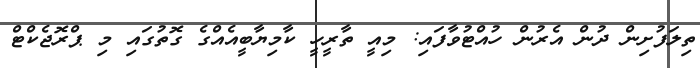
ތިލަފުށިން ދުން އެރުން ހުއްޓުވާފައި: މިއީ ތާރީހީ ކާމިޔާބީއެއްގެ ގޮތުގައި މި ޕްރޮޖެކްޓް